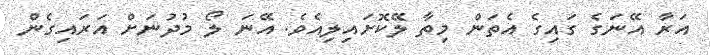
އަރާ އޭނަގެ ގައިގެ އެތަން މިތާ ލޭކޮށައިލިއެވެ. އޭނަ ލޯ މުދުނަށް އަރައިގެން